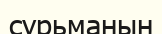
сурьманын